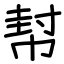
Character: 幇